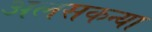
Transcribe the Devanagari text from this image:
अलसकन्या